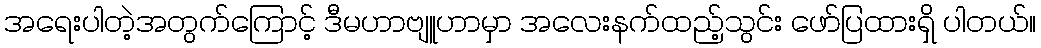
အရေးပါတဲ့အတွက်ကြောင့် ဒီမဟာဗျူဟာမှာ အလေးနက်ထည့်သွင်း ဖော်ပြထားရှိ ပါတယ်။